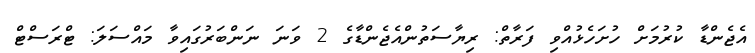
އެޖެންޑާ ކުރުމަށް ހުށަހެޅުއްވި ފަރާތް: ރިޔާސަތުންއެޖެންޑާގެ 2 ވަނަ ނަންބަރުގައިވާ މައްސަލަ: ޓްރަސްޓް